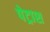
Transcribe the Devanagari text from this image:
पेट्राश